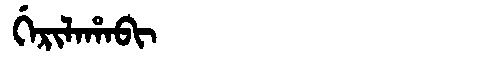
Manchu: ᡤᡝᡵᡳᠯᠠᡥᠠᠪᡳ
Romanization: GERILAHABI